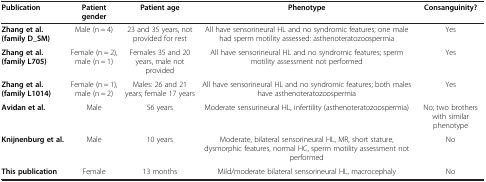
| Publication | Patient gender | Patient age | Phenotype | Consanguinity? |
 | --- | --- | --- | --- | --- |
 | Zhang et al. (family D_SM) | Male (n = 4) | 23 and 35 years, not provided for rest | All have sensorineural HL and no syndromic features; one male had sperm motility assessed: asthenoteratozoospermia | Yes |
 | Zhang et al. (family L705) | Female (n = 2), male (n = 1) | Females 35 and 20 years, male not provided | All have sensorineural HL and no syndromic features; sperm motility assessment not performed | Yes |
 | Zhang et al. (family L1014) | Female (n = 1), male (n = 2) | Males: 26 and 21 years; female 17 years | All have sensorineural HL and no syndromic features; both males have asthenoteratozoospermia | Yes |
 | Avidan et al. | Male | 56 years | Moderate sensurineural HL, infertility (asthenoteratozoospermia) | No; two brothers with similar phenotype |
 | Knijnenburg et al. | Male | 10 years | Moderate, bilateral sensorineural HL, MR, short stature, dysmorphic features, normal HC, sperm motility assessment not performed | No |
 | This publication | Female | 13 months | Mild/moderate bilateral sensorineural HL, macrocephaly | No |